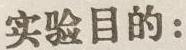
实验目的：